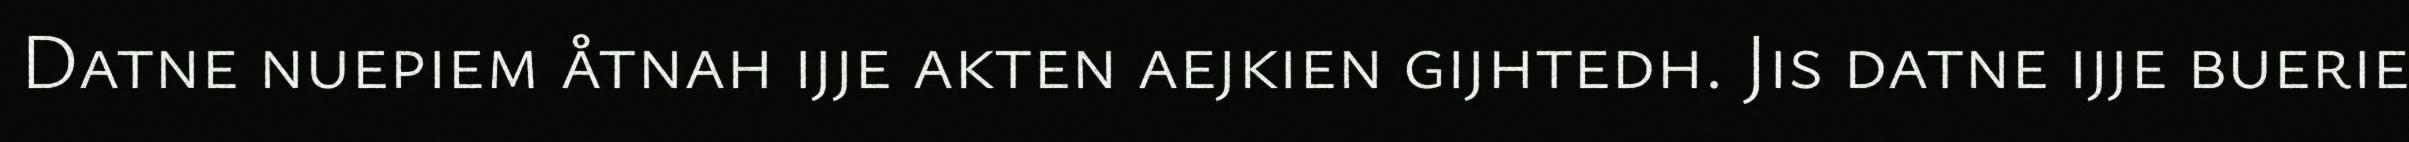
Datne nuepiem åtnah ijje akten aejkien gijhtedh. Jis datne ijje buerie